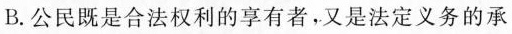
B.公民既是合法权利的享有者，又是法定义务的承